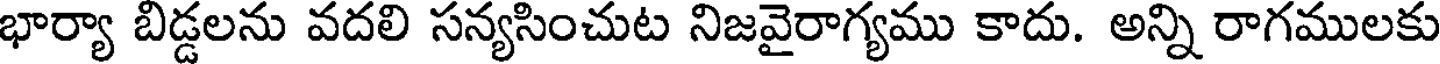
భార్యా బిడ్డలను వదలి సన్యసించుట నిజవైరాగ్యము కాదు. అన్ని రాగములకు